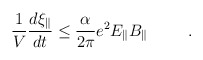
\begin{align*}\frac{1}{V}\frac{d\xi_\parallel}{dt} \leq \frac{\alpha}{2\pi}e^{2}E_{\parallel}B_{\parallel}\hspace{.4in}.\end{align*}